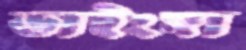
ভাইংঙ্গা